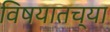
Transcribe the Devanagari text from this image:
विषयातच्या